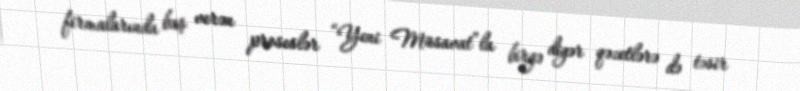
firmalarında baş verən proseslər “Yeni Müsavat”la birgə digər qəzetlərə də təsir